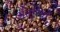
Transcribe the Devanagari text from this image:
अँतरियों